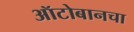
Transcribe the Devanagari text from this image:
ऑटोबानचा